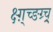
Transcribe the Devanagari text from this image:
क्ष्ग़्च्ङग्र्च्र्